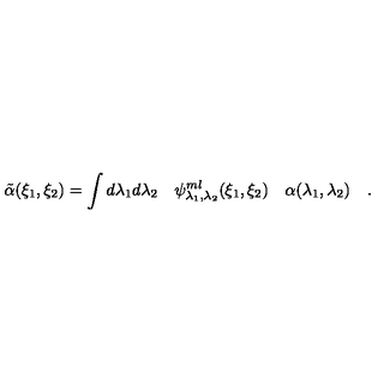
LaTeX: \tilde { \alpha } ( \xi _ { 1 } , \xi _ { 2 } ) = \int d \lambda _ { 1 } d \lambda _ { 2 } \quad \psi _ { \lambda _ { 1 } , \lambda _ { 2 } } ^ { m l } ( \xi _ { 1 } , \xi _ { 2 } ) \quad \alpha ( \lambda _ { 1 } , \lambda _ { 2 } ) \quad .